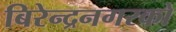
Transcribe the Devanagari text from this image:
बिरेन्द्रनगरको